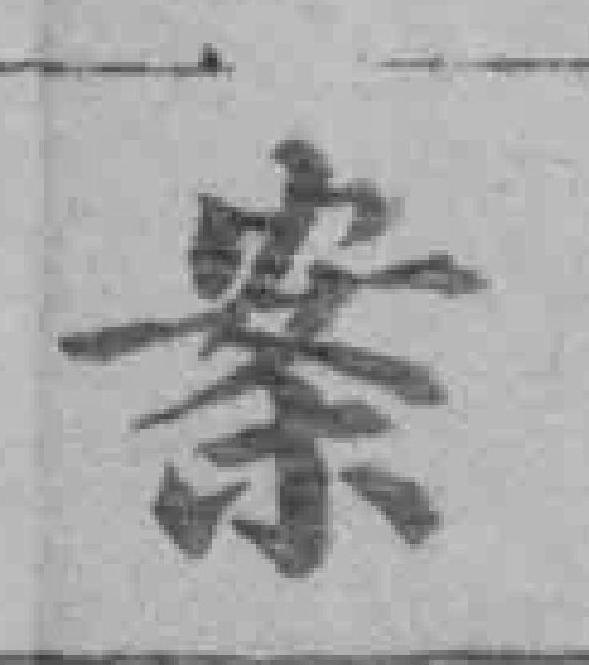
案